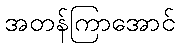
အတန်ကြာအောင်